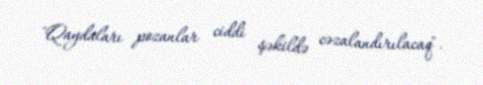
"Qaydaları pozanlar ciddi şəkildə cəzalandırılacaq".